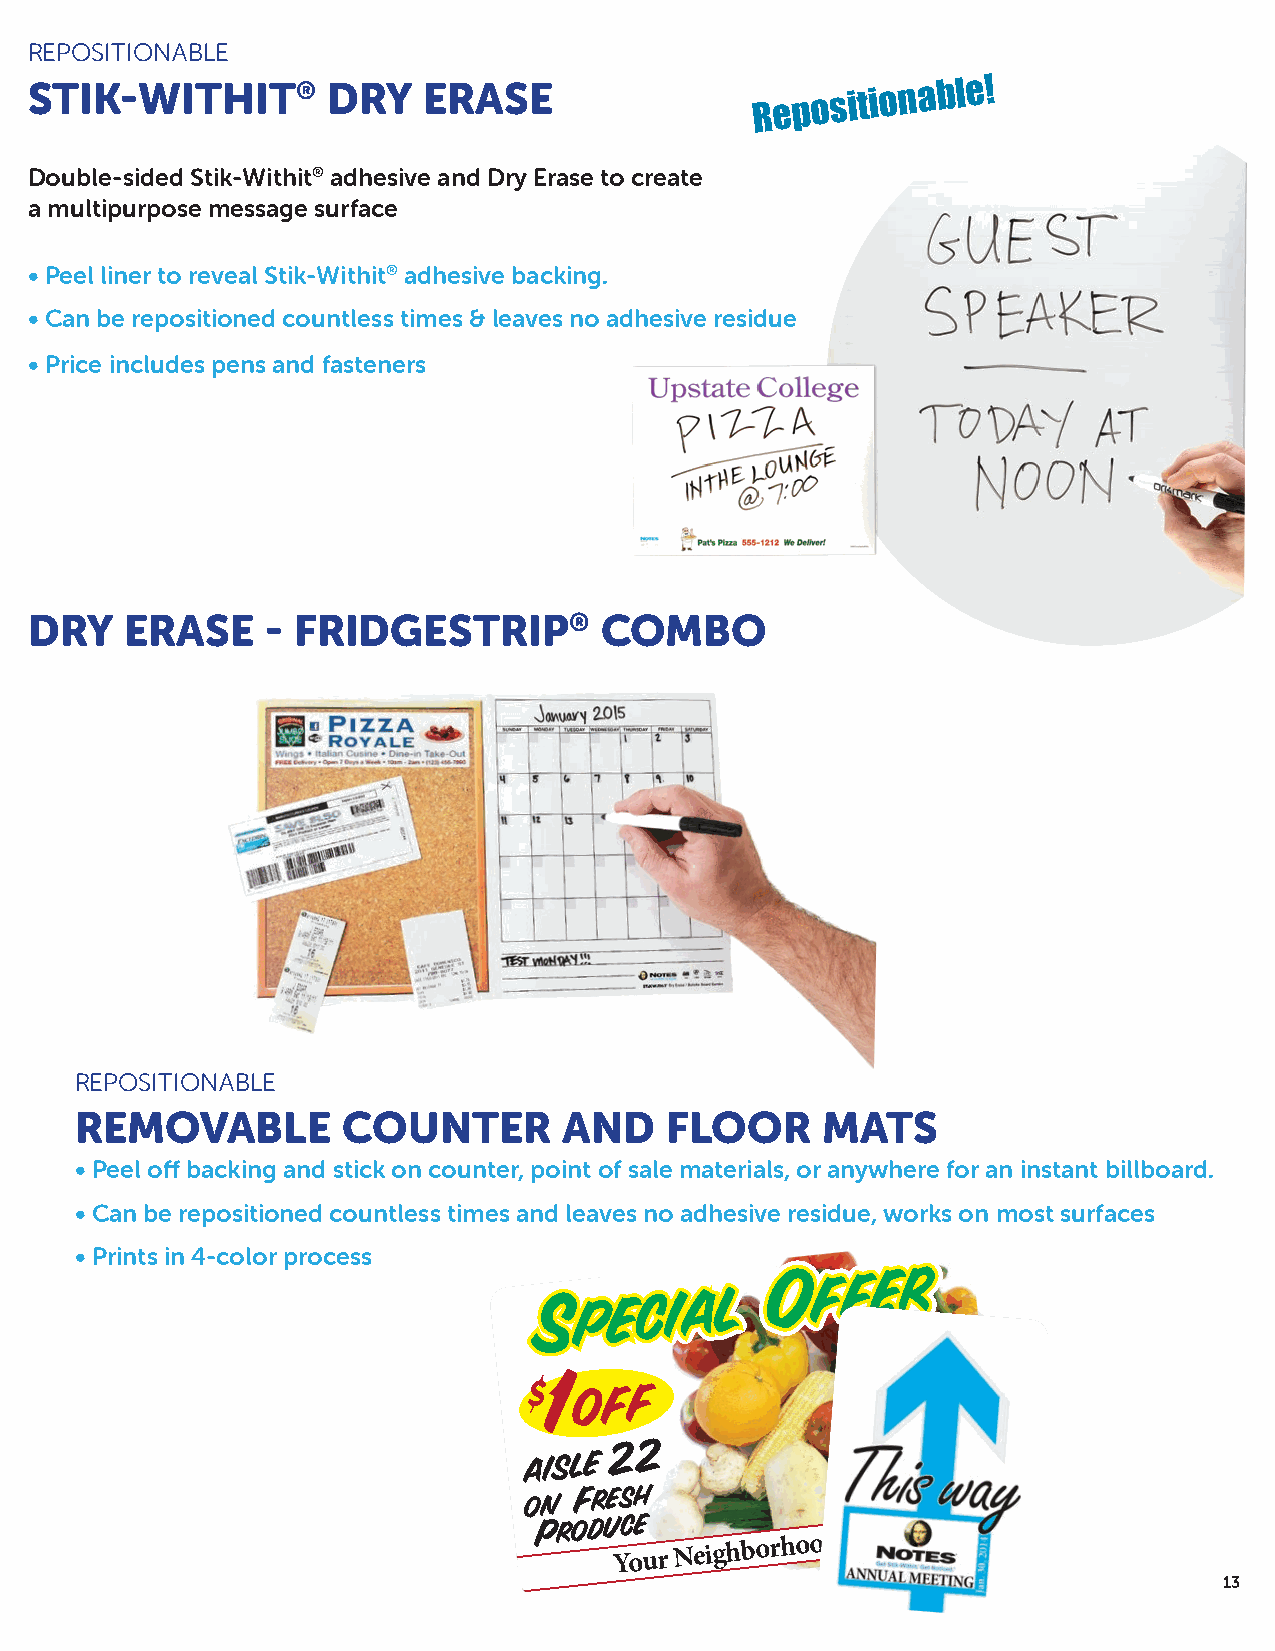
REPOSITIONABLE
 STIK-WITHIT®        DRY   ERASE                 Repositionable!
 Double-sided Stik-Withit® adhesive and Dry Erase to create
 a multipurpose message surface
 • Peel liner to reveal Stik-Withit® adhesive backing.
 • Can be repositioned countless times & leaves no adhesive residue
 • Price includes pens and fasteners
 DRY   ERASE     - FRIDGESTRIP®        COMBO
 REPOSITIONABLE
 REMOVABLE         COUNTER       AND    FLOOR     MATS
 • Peel off backing and stick on counter, point of sale materials, or anywhere for an instant billboard.
 • Can be repositioned countless times and leaves no adhesive residue, works on most surfaces
 • Prints in 4-color process
 SSSpppeeeccciiiaaalll
 OOOffffffeeerrr
 $1 off
 aisle 22
 on
 Fresh
 Produ Yc oe
 ur
 Neighborhood
 Store
 13